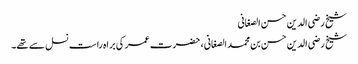
شیخ رضی الدین حسن الصغانی
شیخ رضی الدین حسن بن محمد الصغانی ، حضرت عمر کی براہ راست نسل سے تھے۔